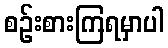
စဉ်းစားကြရမှာပါ